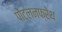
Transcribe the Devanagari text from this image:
पोंट्लनफ्रेथ